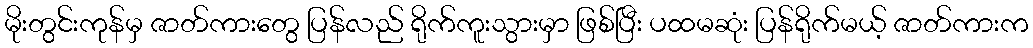
မိုးတွင်းကုန်မှ ဇာတ်ကားတွေ ပြန်လည် ရိုက်ကူးသွားမှာ ဖြစ်ပြီး ပထမဆုံး ပြန်ရိုက်မယ့် ဇာတ်ကားက